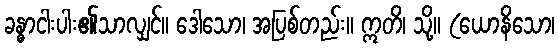
ခန္ဓာငါးပါး၏သာလျှင်။ ဒေါသော၊ အပြစ်တည်း။ ဣတိ၊ သို့။ (ယောနိသော၊